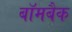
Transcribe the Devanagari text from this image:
बॉमबैक